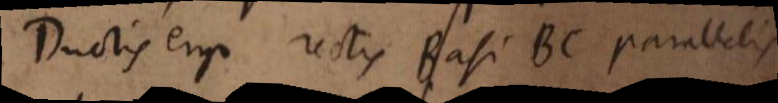
Ductis ergo rectis Basi BC parallelis